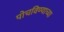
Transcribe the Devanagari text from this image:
पोचविण्याच्या